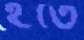
হতে